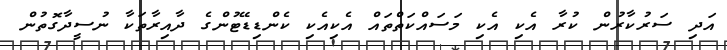
އަދި ސަރުކާރުން ކުރާ އެކި އެކި މަސައްކަތްތައް އެކިއެކި ކެންޑިޑޭޓުންގެ ދާއިރާތަކާ ނުސީދާގޮތުން